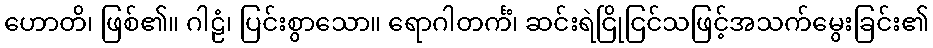
ဟောတိ၊ ဖြစ်၏။ ဂါဠံ၊ ပြင်းစွာသော။ ရောဂါတင်္ကံ၊ ဆင်းရဲငြိုငြင်သဖြင့်အသက်မွေးခြင်း၏